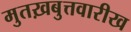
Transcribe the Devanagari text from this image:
मुतख़बुत्तवारीख